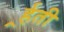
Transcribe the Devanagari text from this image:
र्र्हती